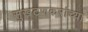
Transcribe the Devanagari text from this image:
सुखटणकरांच्या